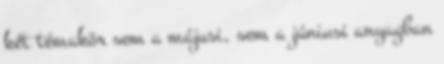
két témakör sem a májusi, sem a júniusi anyagban